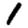
Digit: 1